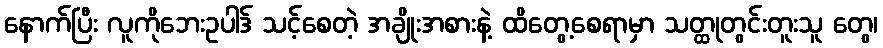
နောက်ပြီး လူကိုဘေးဥပါဒ် သင့်စေတဲ့ အချိုးအစားနဲ့ ထိတွေ့စေရာမှာ သတ္ထုတွင်းတူးသူ တွေ၊